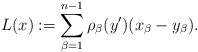
LaTeX: \begin{align*}L (x) := \sum_{\beta = 1}^{n-1}\rho_\beta (y') (x_\beta - y_\beta).\end{align*}